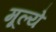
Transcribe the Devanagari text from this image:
मूल्‍ये